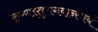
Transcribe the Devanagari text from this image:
कृष्णस्तुभगवान्स्वयं